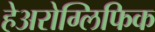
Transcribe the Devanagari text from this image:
हेअरोग्लिफिक